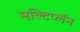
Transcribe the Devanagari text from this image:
मल्टिप्लॅन